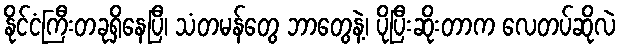
နိုင်ငံကြီးတခုရှိနေပြီ၊ သံတမန်တွေ ဘာတွေနဲ့၊ ပိုပြီးဆိုးတာက လေတပ်ဆိုလဲ